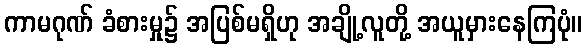
ကာမဂုဏ် ခံစားမှု၌ အပြစ်မရှိဟု အချို့လူတို့ အယူမှားနေကြပုံ။